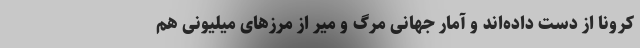
کرونا از دست داده‌اند و آمار جهانی مرگ و میر از مرزهای میلیونی هم